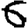
Digit: 6